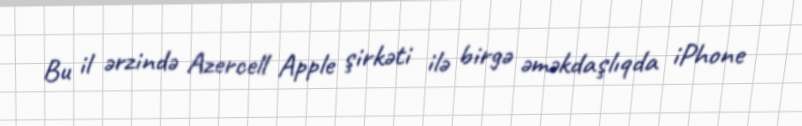
Bu il ərzində Azercell Apple şirkəti ilə birgə əməkdaşlıqda iPhone